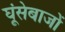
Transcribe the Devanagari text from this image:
घूंसेबाजों